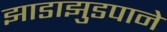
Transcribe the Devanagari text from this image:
झाडाझुडपाने